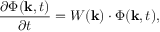
\frac { \partial \Phi ( { \bf k } , t ) } { \partial t } = W ( { \bf k } ) \cdot \Phi ( { \bf k } , t ) ,